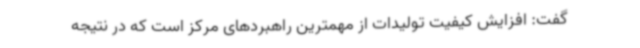
گفت: افزایش کیفیت تولیدات از مهمترین راهبردهای مرکز است که در نتیجه